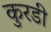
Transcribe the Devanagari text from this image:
कुरडी